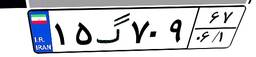
۹۹گ۰۳۸۷۹